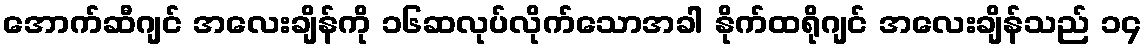
အောက်ဆီဂျင် အလေးချိန်ကို ၁၆ဆလုပ်လိုက်သောအခါ နိုက်ထရိုဂျင် အလေးချိန်သည် ၁၄